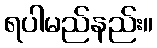
ရပါမည်နည်း။